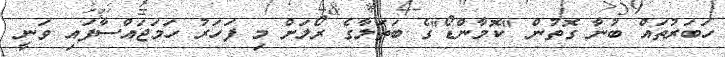
ހަބަރުތައް ބުނާ ގޮތުން "ކޮމާންޑޯ"ގެ ބަތަލާގެ ރޯލަށް މި ފަހަރު ހަމަޖައްސާފައި ވަނީ